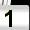
Digit: 1